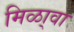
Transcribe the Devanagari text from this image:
मिळा्वा